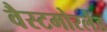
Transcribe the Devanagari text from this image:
वैस्टमोरलैंड